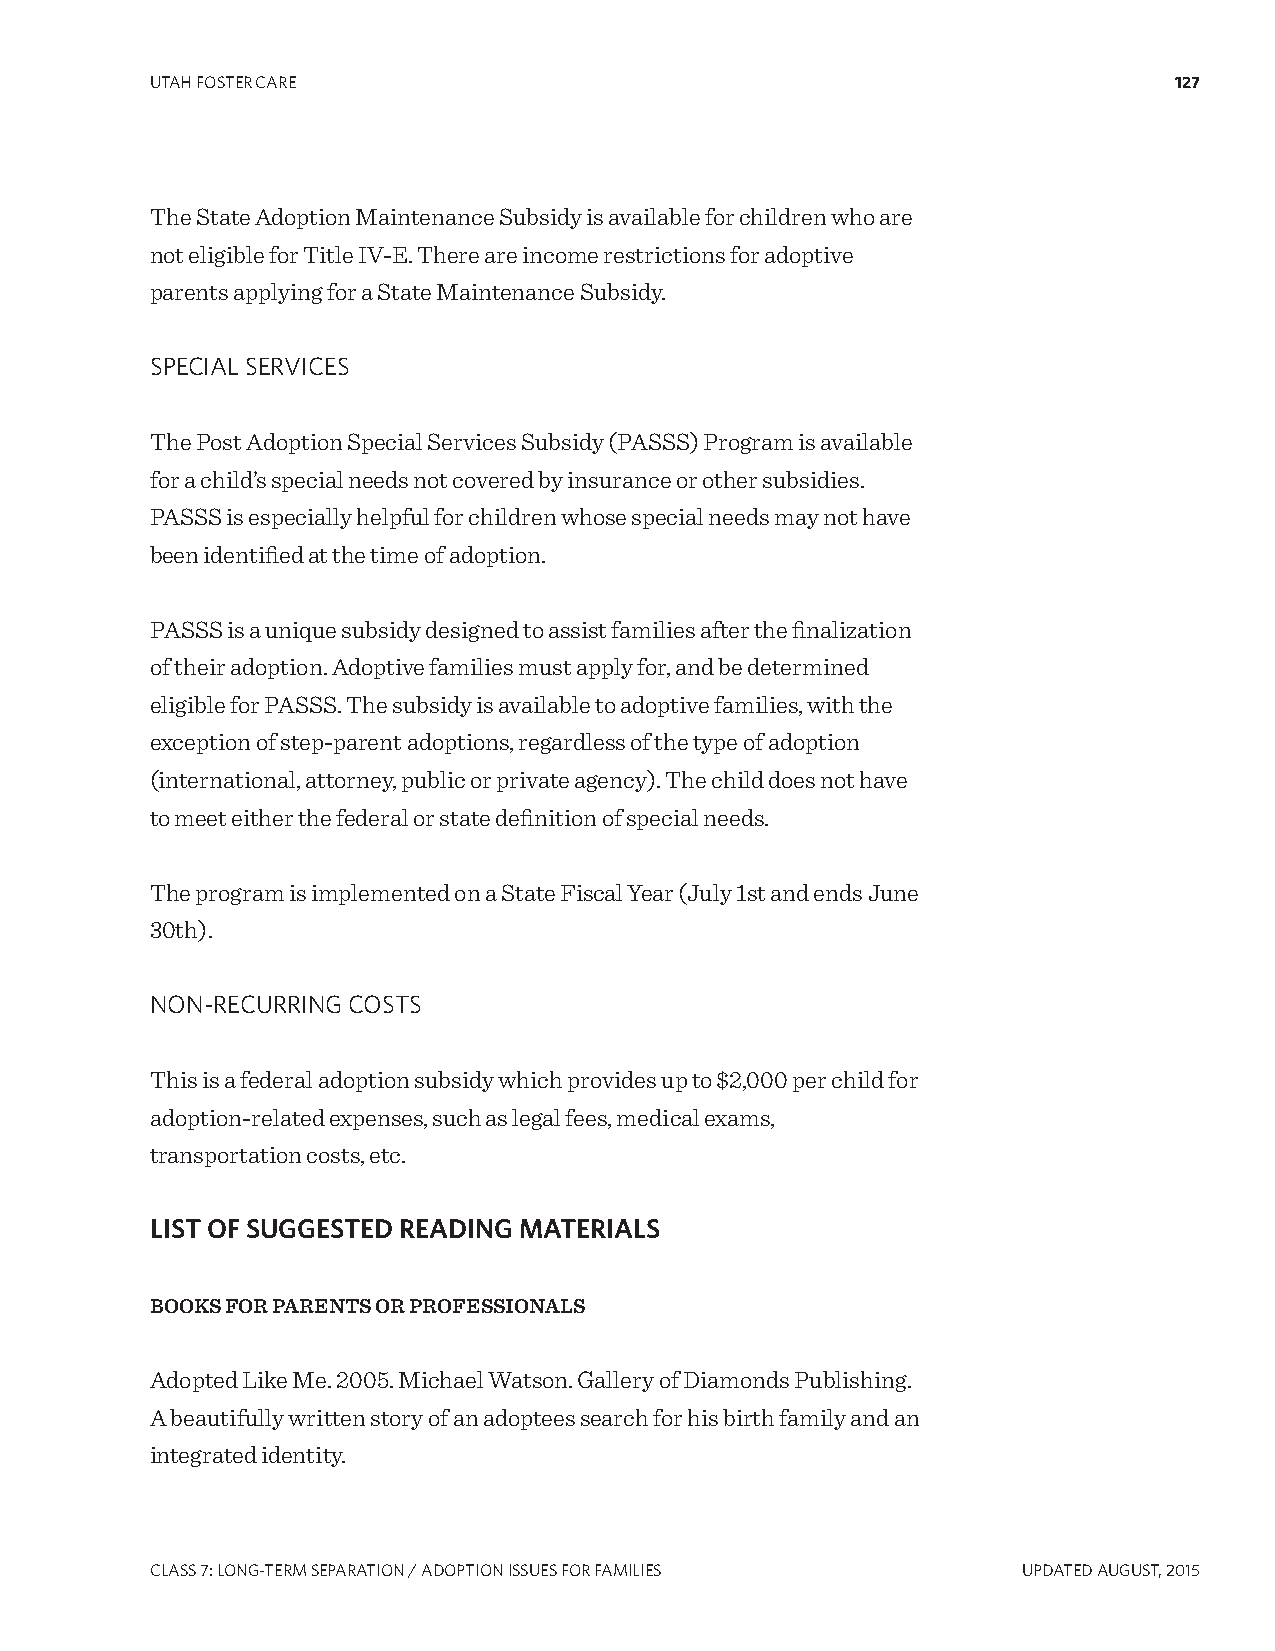
UTAH FOSTER CARE                                                    127
 The State Adoption Maintenance Subsidy is available for children who are
 not eligible for Title IV-E. There are income restrictions for adoptive
 parents applying for a State Maintenance Subsidy.
 SPECIAL SERVICES
 The Post Adoption Special Services Subsidy (PASSS) Program is available
 for a child’s special needs not covered by insurance or other subsidies.
 PASSS is especially helpful for children whose special needs may not have
 been identified at the time of adoption.
 PASSS is a unique subsidy designed to assist families after the finalization
 of their adoption. Adoptive families must apply for, and be determined
 eligible for PASSS. The subsidy is available to adoptive families, with the
 exception of step-parent adoptions, regardless of the type of adoption
 (international, attorney, public or private agency). The child does not have
 to meet either the federal or state definition of special needs.
 The program is implemented on a State Fiscal Year (July 1st and ends June
 30th).
 NON-RECURRINg COSTS
 This is a federal adoption subsidy which provides up to $2,000 per child for
 adoption-related expenses, such as legal fees, medical exams,
 transportation costs, etc.
 LIST OF SUGGESTED READING MATERIALS
 BOOKS FOR PARENTS OR PROFESSIONALS
 Adopted Like Me. 2005. Michael Watson. Gallery of Diamonds Publishing.
 A beautifully written story of an adoptees search for his birth family and an
 integrated identity.
 CLASS 7: LONg-TERM SEPARATION / ADOPTION ISSUES FOR FAMILIES UPDATED AUgUST, 2015